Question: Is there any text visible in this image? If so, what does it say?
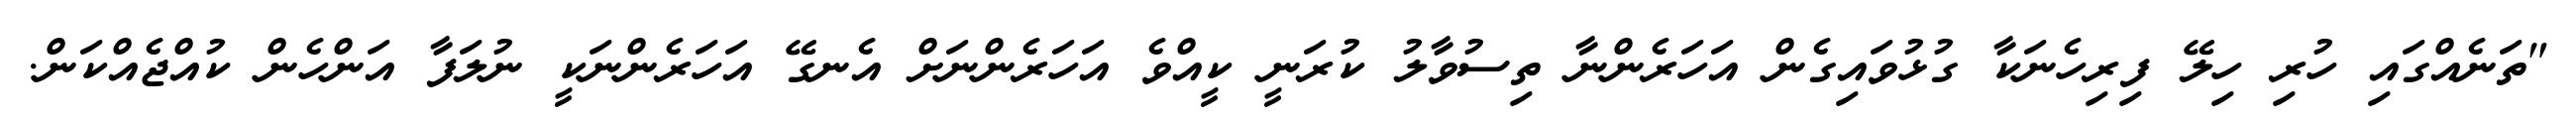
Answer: "ތަނެއްގައި ހުރި ހިލޭ ފިރިހެނަކާ ގުޅުވައިގެން އަހަރެންނާ ތިސުވާލު ކުރަނީ ކީއްވެ އަހަރެންނަށް އެނގޭ އަހަރެންނަކީ ނުލަފާ އަންހެން ކުއްޖެއްކަން.